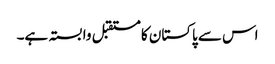
اس سے پاکستان کا مستقبل وابستہ ہے۔